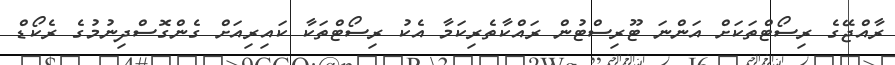
ރާއްޖޭގެ ރިސޯޓްތަކަށް އަންނަ ޓޫރިސްޓުން ރައްކާތެރިކަމާ އެކު ރިސޯޓްތަކާ ކައިރިއަށް ގެންގޮސްދިނުމުގެ ރެކޯޑް